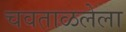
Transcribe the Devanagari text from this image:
चवताळलेला